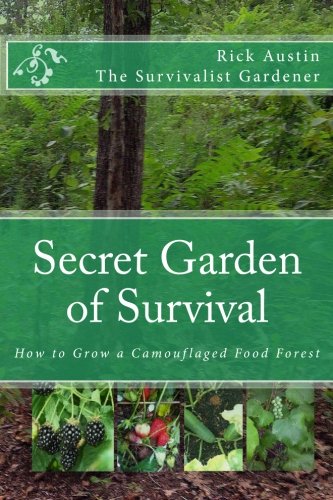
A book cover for Secret Garden of Survival: How to grow a camouflaged food- forest.; Rick Austin; Crafts, Hobbies & Home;